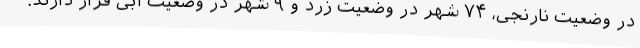
در وضعیت نارنجی، ۷۴ شهر در وضعیت زرد و ۹ شهر در وضعیت آبی قرار دارند.